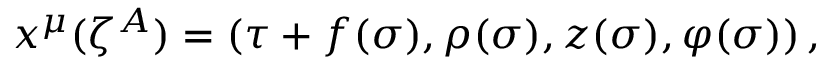
x ^ { \mu } ( \zeta ^ { A } ) = ( \tau + f ( \sigma ) , \rho ( \sigma ) , z ( \sigma ) , \varphi ( \sigma ) ) \, ,